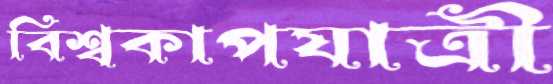
বিশ্বকাপযাত্রী